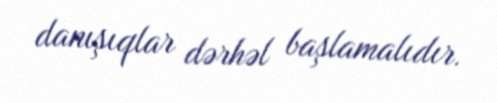
danışıqlar dərhəl başlamalıdır.